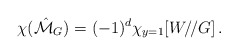
\begin{align*}\chi(\hat{\cal M}_G)=(-1)^d\chi_{y=1}[W/\!/G]\,.\end{align*}